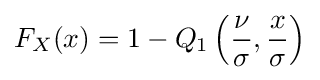
F_{X}(x)=1-Q_{1}\left({\frac {\nu }{\sigma }},{\frac {x}{\sigma }}\right)